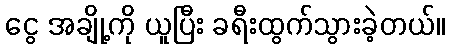
ငွေ အချို့ကို ယူပြီး ခရီးထွက်သွားခဲ့တယ်။